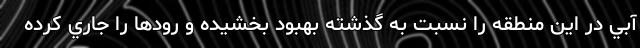
آبي در اين منطقه را نسبت به گذشته بهبود بخشيده و رودها را جاري كرده